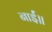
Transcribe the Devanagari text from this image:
नाईं॥